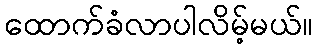
ထောက်ခံလာပါလိမ့်မယ်။